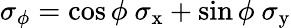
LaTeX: \sigma_{\phi}=\cos\phi~\sigma_{\mathrm{x}}+\sin\phi~\sigma_{\mathrm{y}}